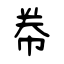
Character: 帣